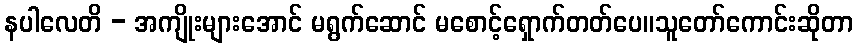
နပါလေတိ - အကျိုးများအောင် မရွက်ဆောင် မစောင့်ရှောက်တတ်ပေ။သူတော်ကောင်းဆိုတာ